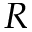
R